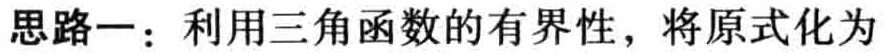
思路一：利用三角函数的有界性，将原式化为